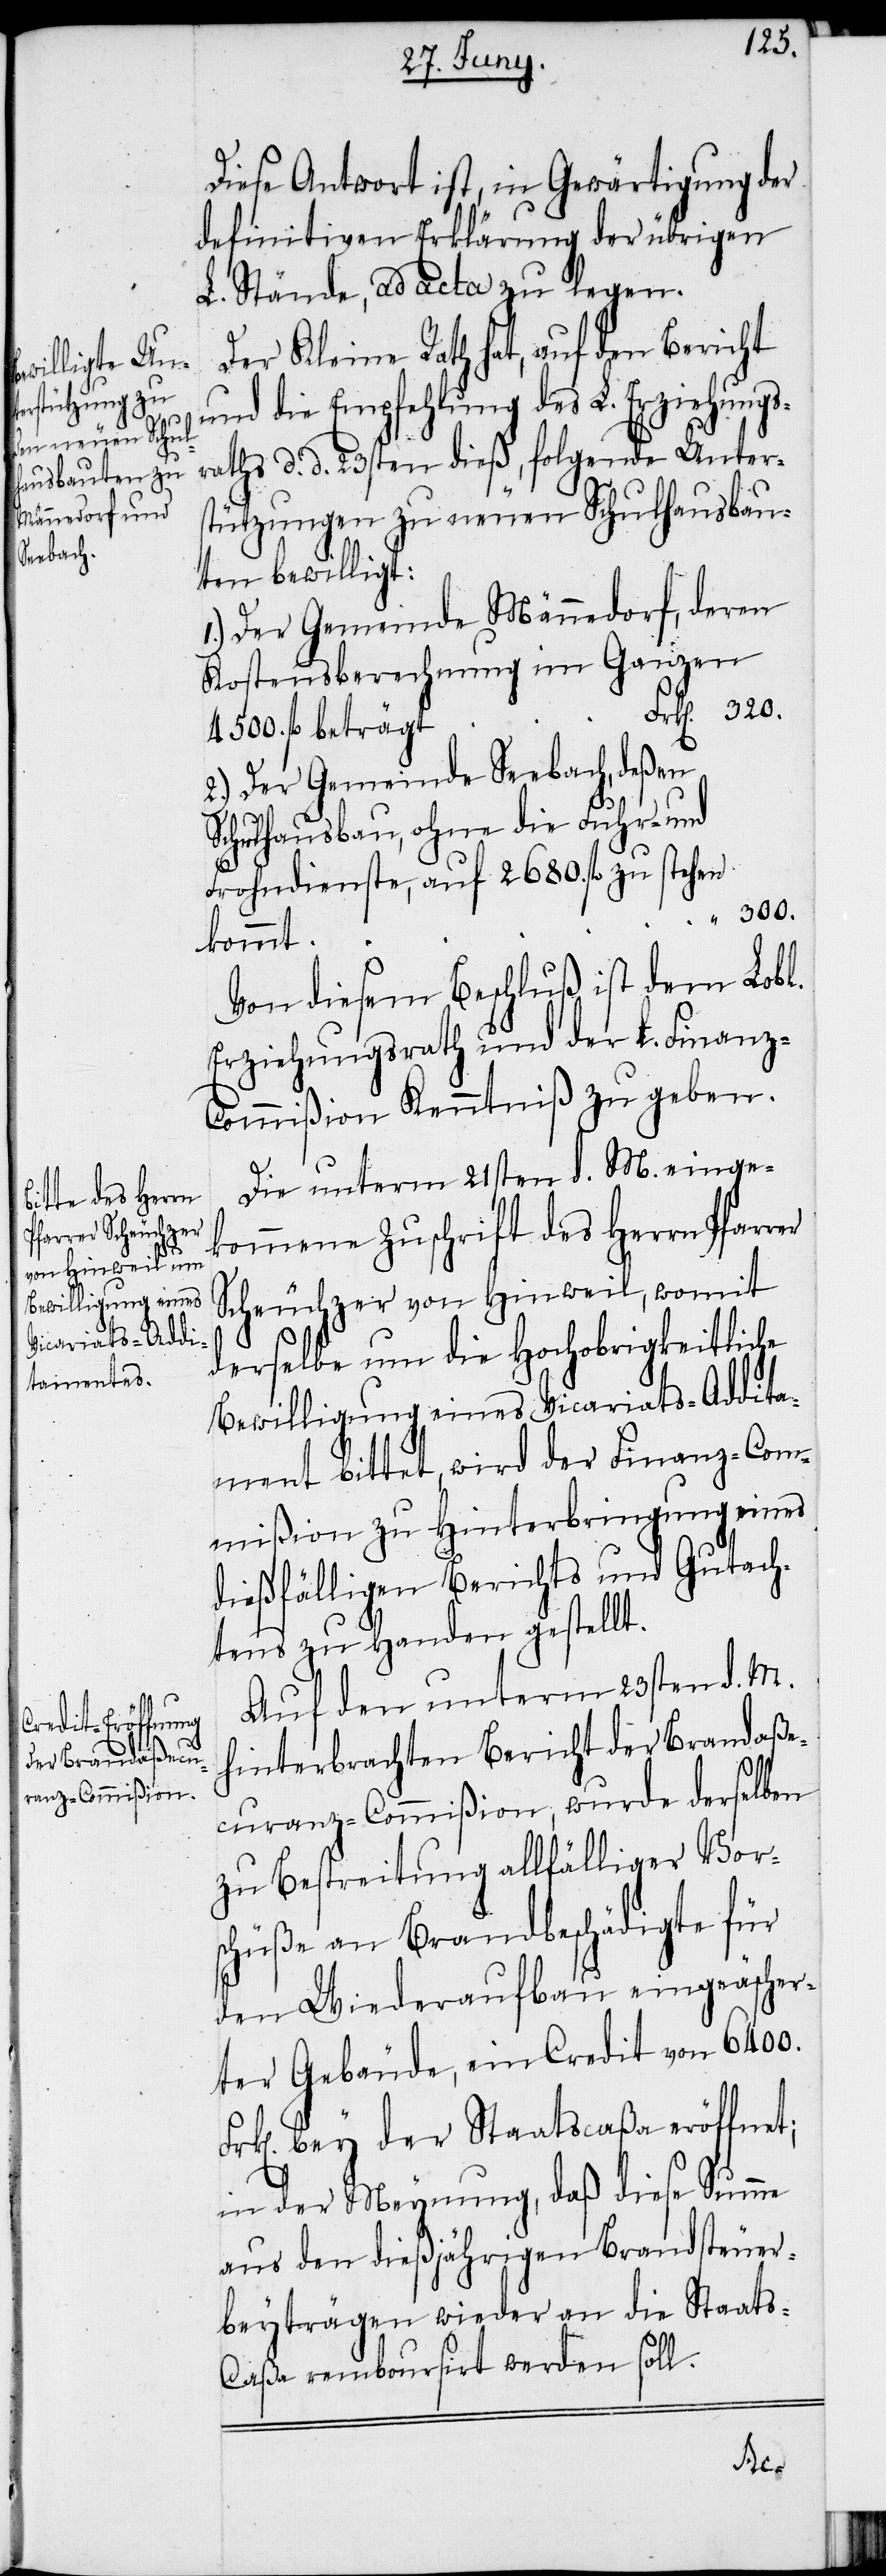
Diese Antwort ist, in Gewärtigung der
definitven Erklärung der übrigen
L. Stände, ad acta zu legen.
Der Kleine Rath hat, auf den Bericht
und die Empfehlung des L. Erziehungs¬
raths d. d. 23sten dieß, folgende Unter¬
stützungen zu neuen Schulhausbau¬
ten bewilligt:
1.) Der Gemeinde Männedorf, deren
Kostensberechnung im Ganzen
Frk[en]. 320.
4500. fl beträgt
2.) Der Gemeinde Seebach, deßen
Schulhausbau, ohne die Fuhr- und
Frohndienste, auf 2680. fl zu stehen
“ 300.
kommt
Von diesem Beschluß ist dem Lobl.
Erziehungsrath und der L. Finanz-C¬
ommißion Kenntniß zu geben.
Die unterm 21sten d. M. einge¬
kommene Zuschrift des Herrn Pfarr¬
Scheuchzer von Hinweil, womit
derselbe um die Hochobrigkeitliche
Bewilligung eines Vicariats-Addita¬
ment bittet, wird der Finanz-Com¬
mißion zu Hinterbringung eines
dießfälligen Berichts und Gutach¬
tens zu Handen gestellt.
Auf den unterm 23sten d. M.
hinterbrachten Bericht der Brandaße¬
curanz-Commißion, wurde derselben
zu Bestreitung allfälliger Vor¬
schüße an Brandbeschädigte für
den Wiederaufbau eingeäscher¬
ter Gebäude, ein Credit von 6400.
k[en]. bey der Staatscaßa eröffnet;
in der Meynung, daß diese Summe
aus den dießjährigen Brandsteuer¬
beyträgen wieder an die Staats-C¬
aßa remboursirt werden soll.
Fr¬